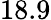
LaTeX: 18.9